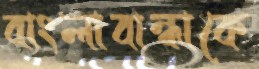
বাংলাবান্ধাকে